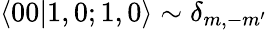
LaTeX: \langle 00|1,0;1,0\rangle\sim\delta_{m,-m^{\prime}}